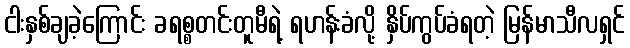
ငါးနှစ်ချခဲ့ကြောင်း ခရစ္စတင်းတူမီရဲ့ ရဟန်းခံလို့ နှိပ်ကွပ်ခံရတဲ့ မြန်မာသီလရှင်